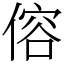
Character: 傛